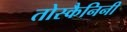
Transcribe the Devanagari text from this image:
तोस्कैनिनी